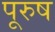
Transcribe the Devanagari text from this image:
पूरुष